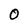
Character: O